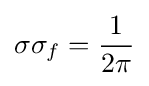
\sigma \sigma _{f}={\frac {1}{2\pi }}